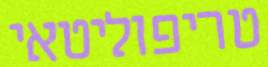
טריפוליטאי